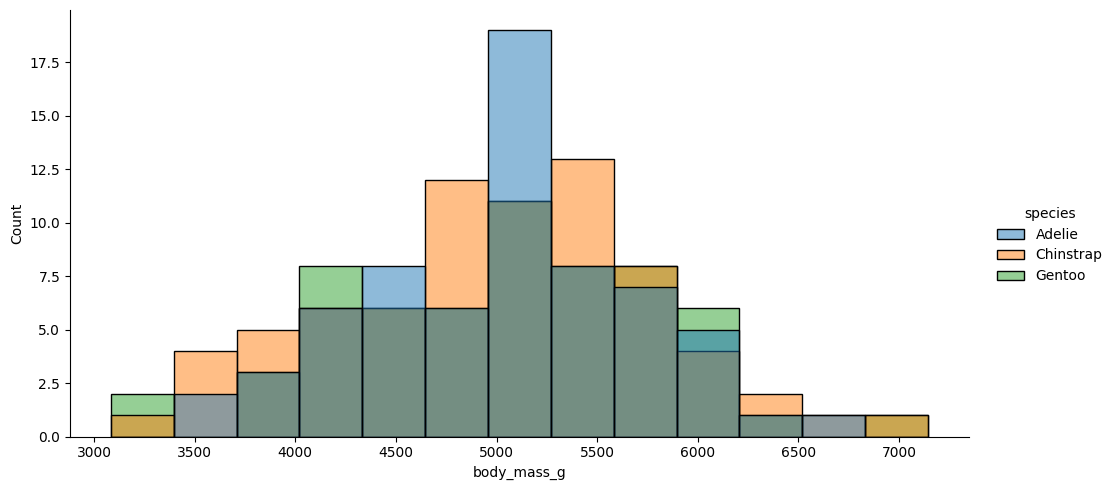
python, seaborn, displot, kind='hist', column='body_mass_g', hue='species', height=5, aspect=2.0